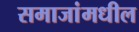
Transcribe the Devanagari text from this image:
समाजांमधील